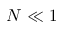
N \ll 1